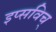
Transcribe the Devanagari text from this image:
इप्सविच्‌